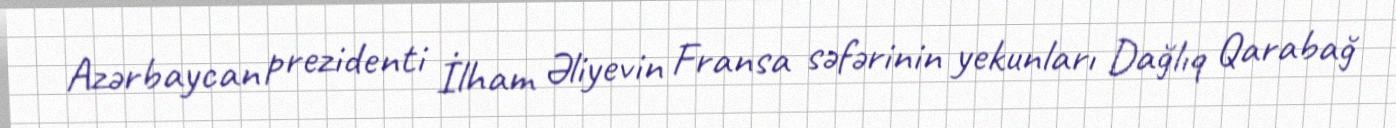
Azərbaycan prezidenti İlham Əliyevin Fransa səfərinin yekunları Dağlıq Qarabağ